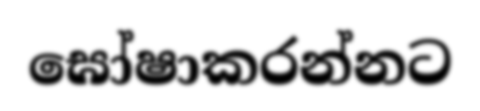
ඝෝෂාකරන්නට